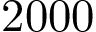
2 0 0 0